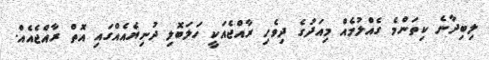
ލިބިދާނެ ކިތަންމެ ގެއްލުމެއް މިއަދުގެ ދިވެހި ރާއްޖެއަކީ ހަލަބޮލި ދުނިޔެއެއްގައި އޮތް ރާއްޖެއެއް.